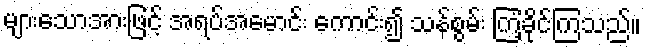
များသောအားဖြင့် အရပ်အမောင်း ကောင်း၍ သန်စွမ်း ကြံ့ခိုင်ကြသည်။